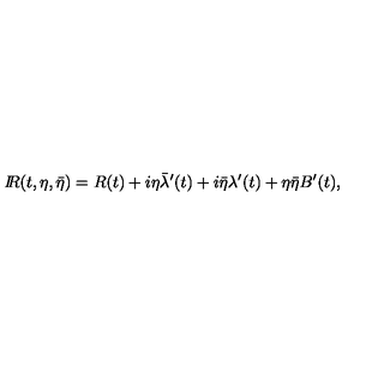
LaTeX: { I \! \! R } ( t , \eta , \bar { \eta } ) = R ( t ) + i \eta \bar { \lambda } ^ { \prime } ( t ) + i \bar { \eta } \lambda ^ { \prime } ( t ) + \eta \bar { \eta } B ^ { \prime } ( t ) ,